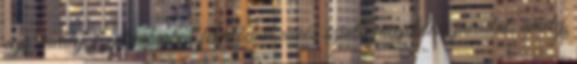
egy tavaly szeptemberben felvetődött uniós szintű megoldási javaslat, amely